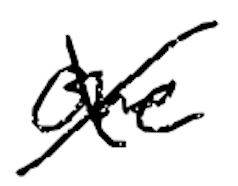
Text: one
Cross-out: cross
Writing tool: digital_black